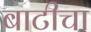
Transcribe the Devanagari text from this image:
बाटीचा